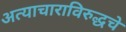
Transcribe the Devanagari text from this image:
अत्याचाराविरुद्धचे